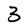
Character: 3